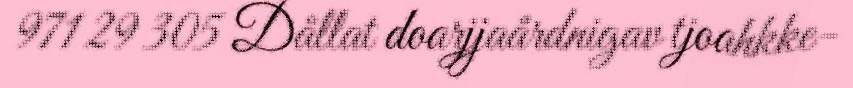
971 29 305 Dållat doarjjaårdnigav tjoahkke-